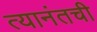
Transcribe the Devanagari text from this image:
त्यानंतची